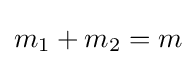
m_{1}+m_{2}=m